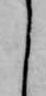
く